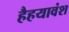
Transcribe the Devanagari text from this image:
हैहयावंश